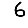
Digit: 6